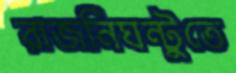
রাজনিঘন্টুতে